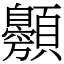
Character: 䫵